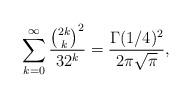
LaTeX: \begin{align*}\sum_{k=0}^{\infty}\frac{\binom{2k}{k}^2}{32^k}=\frac{\Gamma(1/4)^2}{2\pi\sqrt{\pi}},\end{align*}